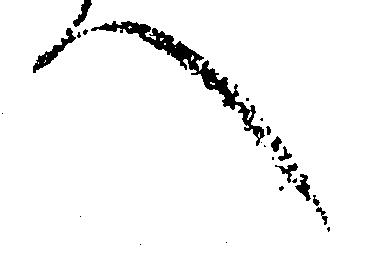
へ